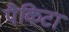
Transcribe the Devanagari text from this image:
पैकिटा